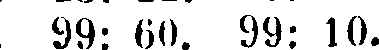
99: 60. 99: 10.